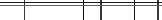
٩